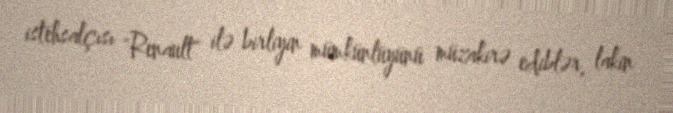
istehsalçısı "Renault" ilə birliyin mümkünlüyünü müzakirə ediblər, lakin